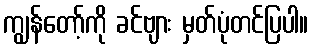
ကျွန်တော့်ကို ခင်ဗျား မှတ်ပုံတင်ပြပါ။